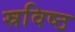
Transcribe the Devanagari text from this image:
स्रविष्ठ